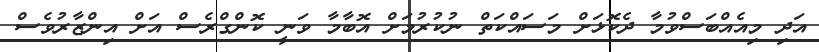
އަދި މިއެއްބަސްވުމާ ދެކޮޅަށް މަސައްކަތް ނުކުރުމަށް އޮބާމާ ވަނީ ކޮންގްރެސް އަށް އިންޒާރުވެސް